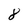
Character: 8